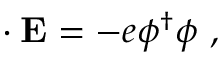
\mathbf { \nabla \cdot E } = - e \phi ^ { \dagger } \phi \ ,